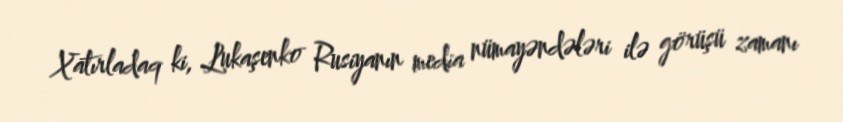
Xatırladaq ki, Lukaşenko Rusiyanın media nümayəndələri ilə görüşü zamanı